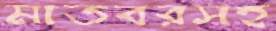
মাতবরসহ